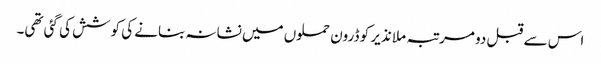
اس سے قبل دو مرتبہ ملا نذیر کو ڈرون حملوں میں نشانہ بنانے کی کوشش کی گئی تھی۔